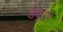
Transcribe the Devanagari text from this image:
ड्यूररी